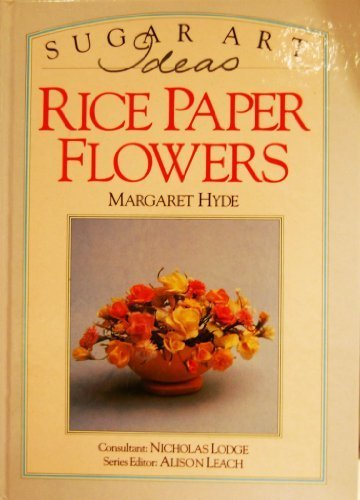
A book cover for Rice Paper Flowers (Sugar Art Ideas); Margaret Hyde; Cookbooks, Food & Wine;